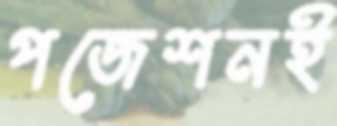
পজেশনই